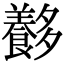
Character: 𡗍